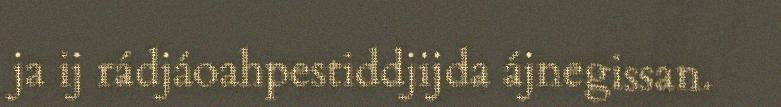
ja ij rádjáoahpestiddjijda ájnegissan.